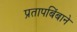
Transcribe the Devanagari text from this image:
प्रतापबिंबाने